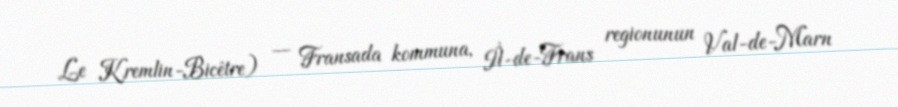
Le Kremlin-Bicêtre) — Fransada kommuna, İl-de-Frans regionunun Val-de-Marn